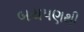
બચપણથી